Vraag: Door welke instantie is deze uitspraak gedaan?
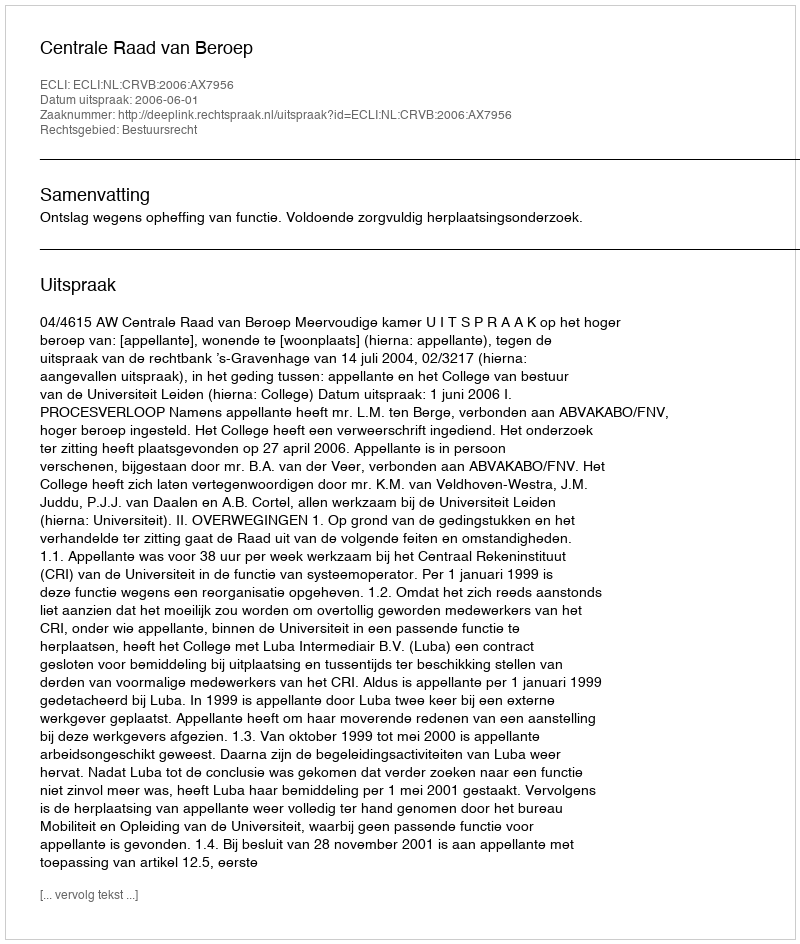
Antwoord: Centrale Raad van Beroep